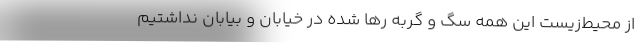
از محیط‌زیست این همه سگ و گربه رها شده در خیابان و بیابان نداشتیم